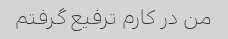
من در کارم ترفیع گرفتم